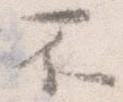
不